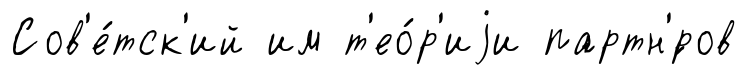
Сов'е́тск'ий им т'ео́р'иjи партн'́ров